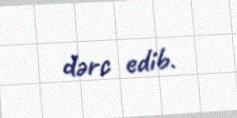
dərc edib.